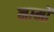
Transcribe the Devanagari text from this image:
नग़्मों